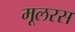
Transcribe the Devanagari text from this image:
मूलरस